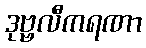
ဒုဗ္ဗလီကရဏာ